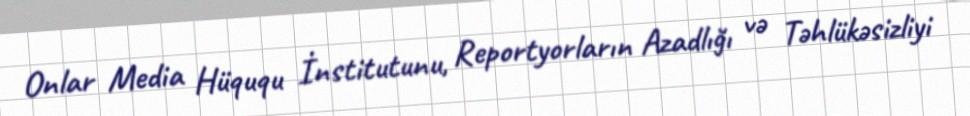
Onlar Media Hüququ İnstitutunu, Reportyorların Azadlığı və Təhlükəsizliyi